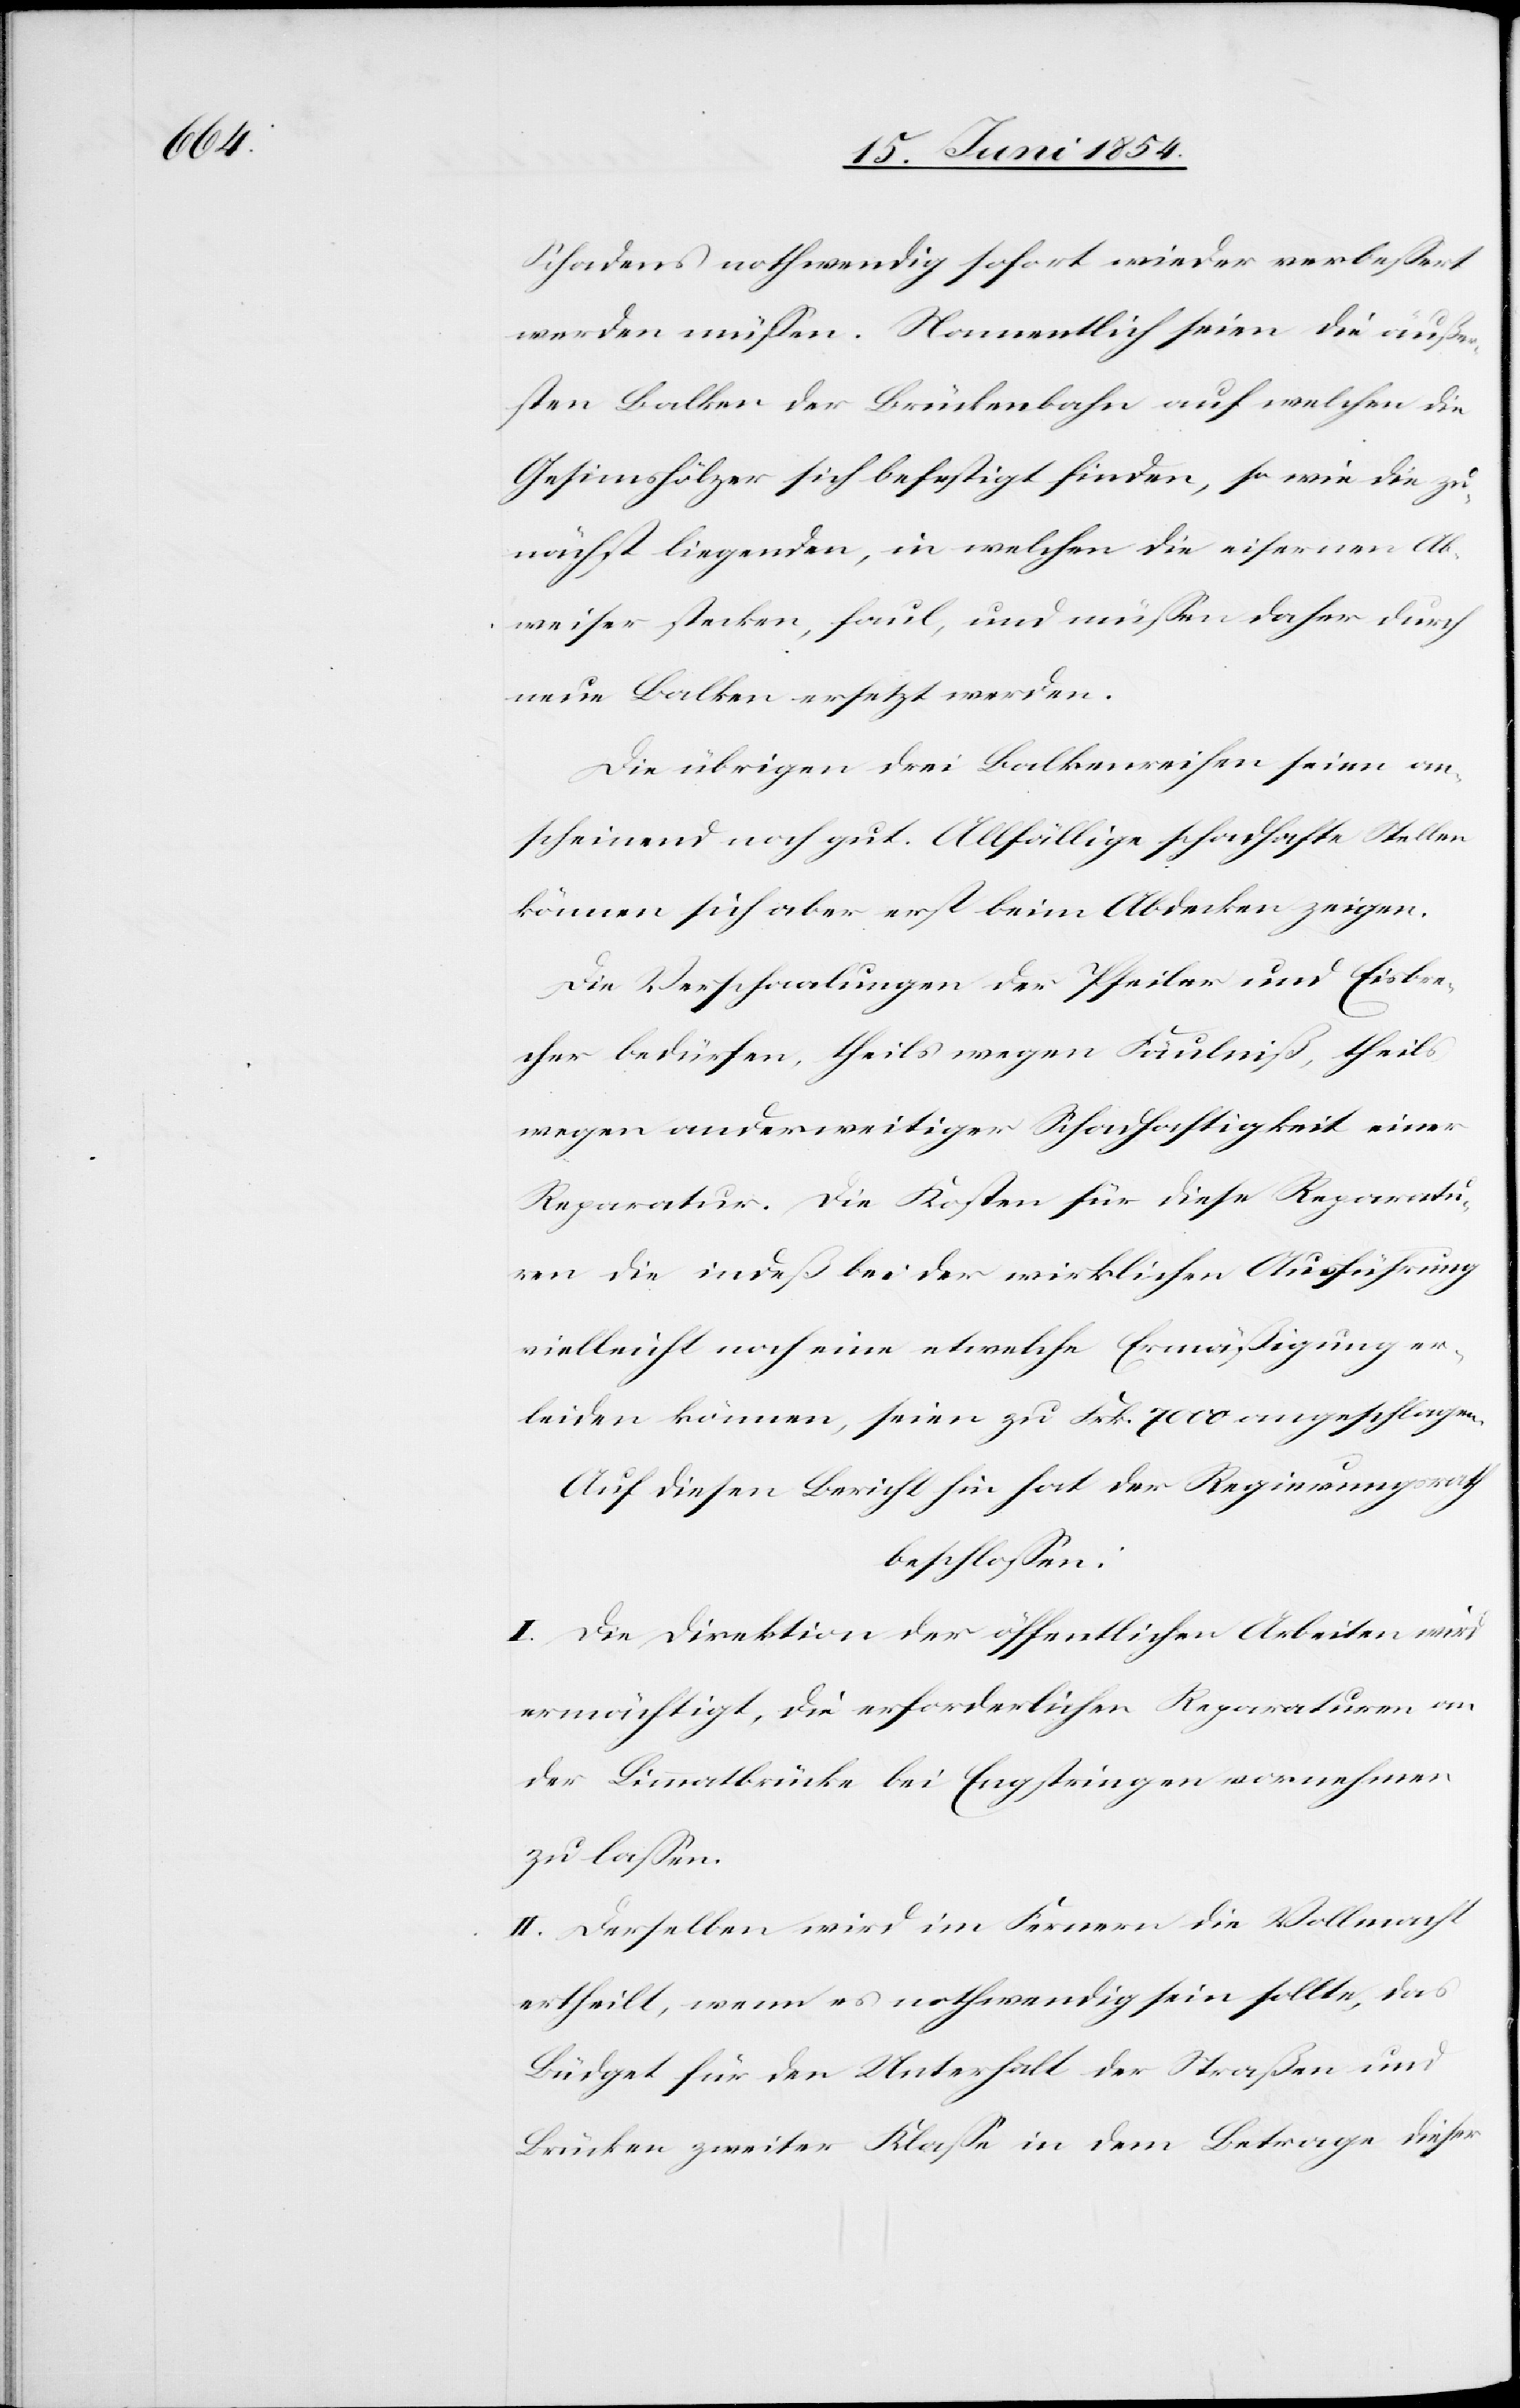
Schadens nothwendig sofort wieder verbeßert
werden müßen. Namentlich seien die äußer¬
sten Balken der Brückenbahn auf welchen die
Gesimshölzer sich befestigt finden, sowie die zu¬
nächst liegenden, in welchen die eisernen Ab¬
weiser stecken, faul, und müßen daher durch
neue Balken ersetzt werden.
Die übrigen drei Balkenreihen seien an¬
scheinend noch gut. Allfällige schadhafte Stellen
können sich aber erst beim Abdecken zeigen.
Die Verschaalungen der Pfeiler und Eisbre¬
cher bedürfen, theils wegen Fäulniß, theils
wegen anderweitiger Schadhaftigkeit einer
Reparatur. Die Kosten für diese Reparatu¬
ren die indeß bei der wirklichen Ausführung
vielleicht noch eine etwelche Ermäßigung er¬
leiden können, seien zu Frk. 7000 angeschlagen.
Auf diesen Bericht hat der Regierungsrath
beschloßen:
I. Die Direktion der öffentlichen Arbeiten wird
ermächtigt, die erforderlichen Reparaturen an
der Limmatbrücke bei Engstringen vornehmen
zu laßen.
II. Derselben wird im Fernern die Vollmacht
ertheilt, wenn es nothwendig sein sollte, das
Büdget für den Unterhalt der Straßen und
Brücken zweiter Klaße in dem Betrage dieser